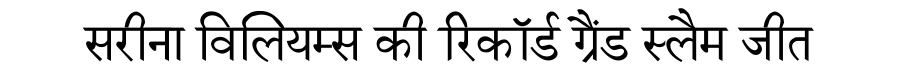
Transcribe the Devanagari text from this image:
सरीना विलियम्स की रिकॉर्ड ग्रैंड स्लैम जीत